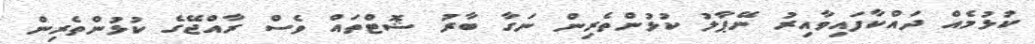
ކުޅުމެއް ދައްކާފައިވާއިރު ނޭޕާލު ކުޅުންތެރިން ނަގާ ބާރު ޝޮޓްތައް ވެސް ރާއްޖޭގެ ކުޅުންތެރިން